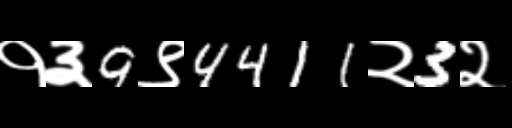
Text: १३9९4411२3२